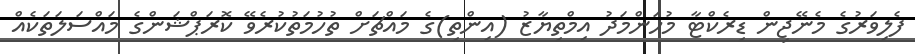
ފެލިވަރުގެ މެނޭޖިން ޑިރެކްޓާ މުހަންމަދު އިމްތިޔާޒު (އިންތި)ގެ މައްޗަށް ތުހުމަތުކުރެވޭ ކޮރަޕްޝަންގެ މައްސަލަތަކެއް